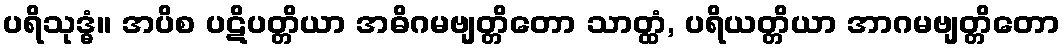
ပရိသုဒ္ဓံ။ အပိစ ပဋိပတ္တိယာ အဓိဂမဗျတ္တိတော သာတ္ထံ, ပရိယတ္တိယာ အာဂမဗျတ္တိတော